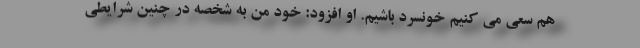
هم سعی می کنیم خونسرد باشیم. او افزود: خود من به شخصه در چنین شرایطی